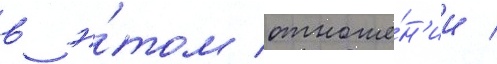
в э́том отноше́н'ии /